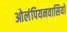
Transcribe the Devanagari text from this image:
ओलंपियनवासियों